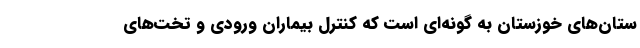
ستان‌های خوزستان به گونه‌ای است که کنترل بیماران ورودی و تخت‌های